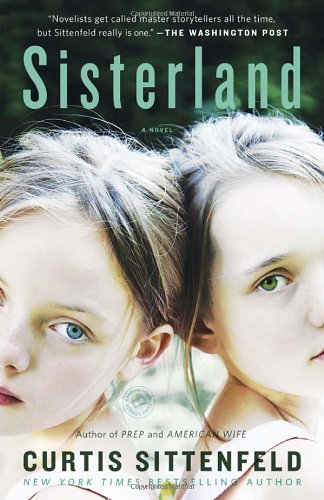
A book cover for Sisterland: A Novel; Curtis Sittenfeld; Literature & Fiction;